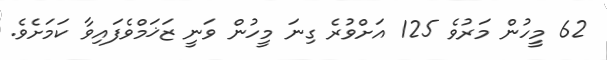
62 މީހުން މަރުވެ 125 އަށްވުރެ ގިނަ މީހުން ވަނީ ޒަޚަމްވެފައިވާ ކަމަށެވެ.